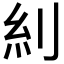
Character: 𠛩